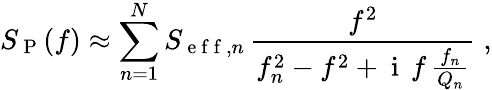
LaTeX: S_{\mathrm{~P~}}(f)\approx\sum_{n=1}^{N}S_{\mathrm{~e~f~f~},n}\, \frac{f^{2}}{f_{n}^{2}-f^{2}+\mathrm{~i~}\, f\, \frac{f_{n}}{Q_{n}}}\; ,